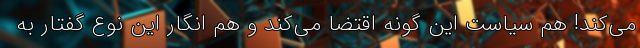
می‌کند! هم سیاست این گونه اقتضا می‌کند و هم انگار این نوع گفتار به